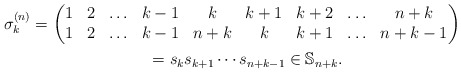
\begin{gather*}\sigma_{k}^{(n)}= \begin{pmatrix} 1& 2& \ldots& {k-1}& k& {k+1}& {k+2}& \ldots& n+k \\1& 2& \ldots& {k-1}& {n+k}& {k}& {k+1}& \ldots & n+k-1 \end{pmatrix}\\\hphantom{\sigma_{k}^{(n)}}{} =s_k s_{k+1} \cdots s_{n+k-1} \in \mathbb{S}_{n+k}.\end{gather*}